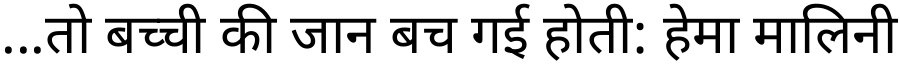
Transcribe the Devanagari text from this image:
...तो बच्ची की जान बच गई होती: हेमा मालिनी